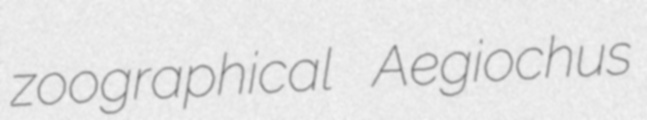
zoographical Aegiochus